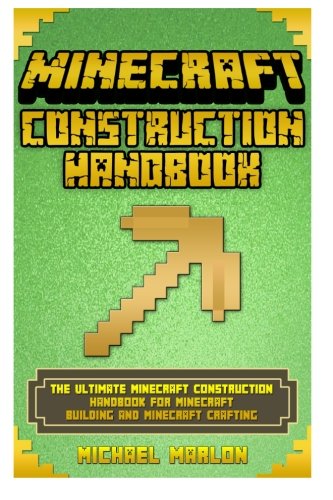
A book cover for Minecraft Construction Handbook: The Ultimate Minecraft Construction Handbook for Minecraft Building & Minecraft Crafting (With Pictures) (An ... Handbook) (minecraft handbook, minecraft); Michael Marlon; Crafts, Hobbies & Home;